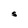
Character: S